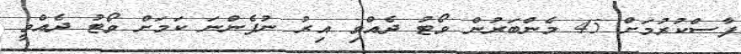
ފާސްކުރުމަށް 45 މެންބަރުން ވޯޓު ދެއްވި އިރު ނުފެންނަ ކަމަށް ވޯޓު ދެއްވީ